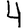
Digit: 4